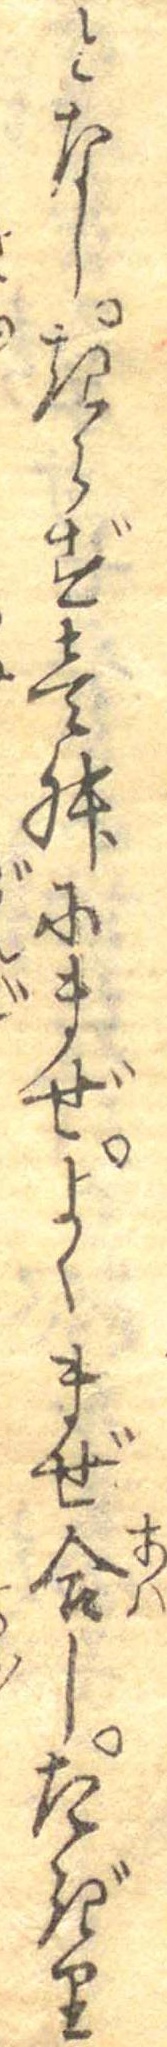
となしきらず壱舛にまぜよくまぜ合したぎり